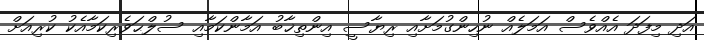
އަދި މިފަދަ އެއްވެސް އަމަލެއް ނުހިންގުމަށާއި ރިޔާސީ އިންތިޚާބު އަމާންކަމާއި ސުލްޙަވެރިކަމާއެކު ކުރިއަށް